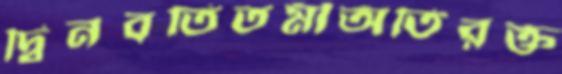
দ্বিনবতিতমীঅতিরক্ত